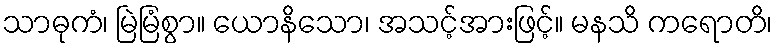
သာဓုကံ၊ မြဲမြံစွာ။ ယောနိသော၊ အသင့်အားဖြင့်။ မနသိ ကရောတိ၊